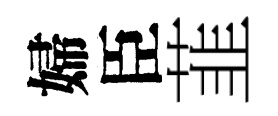
婦臣韮